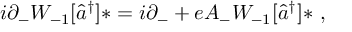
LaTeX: i \partial _ { - } { \cal W } _ { - 1 } [ \widehat { a } ^ { \dag } ] \ast = i \partial _ { - } + e A _ { - } { \cal W } _ { - 1 } [ \widehat { a } ^ { \dag } ] \ast \ ,